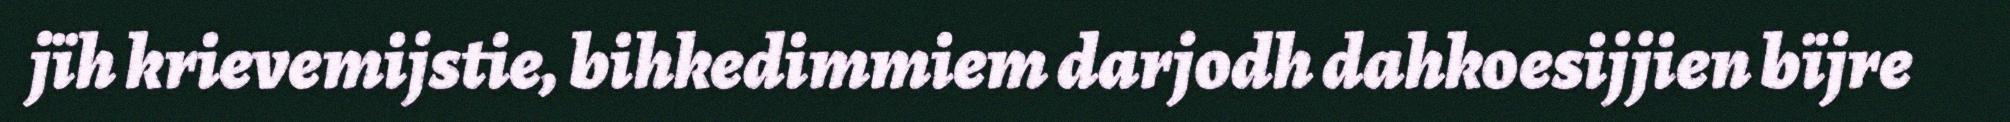
jïh krievemijstie, bihkedimmiem darjodh dahkoesijjien bïjre